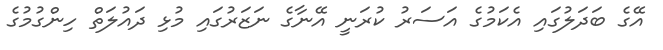
އޭގެ ބަދަލުގައި އެކަމުގެ އަސަރު ކުރަނީ އޭނާގެ ނަޒަރުގައި މުޅި ދައުލަތް ހިންގުމުގެ